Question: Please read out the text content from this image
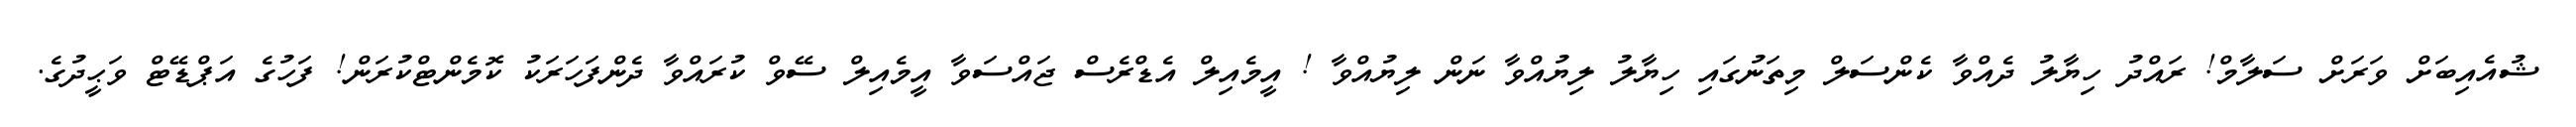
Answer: ޝުއެއިބަށް ވަރަށް ސަލާމް! ރައްދު ހިޔާލު ދެއްވާ ކެންސަލް މިތަނުގައި ހިޔާލު ލިޔުއްވާ ނަން ލިޔުއްވާ ! އީމެއިލް އެޑްރެސް ޖައްސަވާ އީމެއިލް ސޭވް ކުރައްވާ ދެންފަހަރަކު ކޮމެންޓްކުރަން! ފަހުގެ އަޕްޑޭޓް ވަޙީދުގެ.